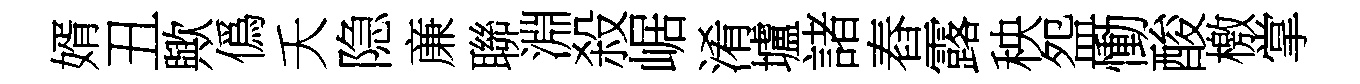
婿丑歟僞夭隐亷聯淵殺崌淆壚諸舂露秧盌慟酸檄掌